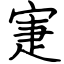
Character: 寁